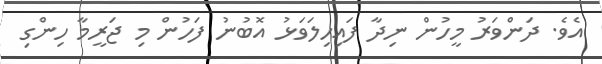
އެވެ. ދަންވަރު މީހުން ނިދާ ފައިހިލަވަޅު އޮބުނު ފަހުން މި ޖަރީމާ ހިންގި